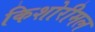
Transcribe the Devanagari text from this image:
किशोरीमल